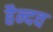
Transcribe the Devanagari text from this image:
हैन्दव